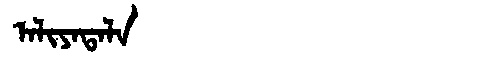
Manchu: ᠠᠯᡳᠶᠠᡨᠠᠯᠠ
Romanization: ALIYATALA